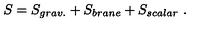
S = S _ { g r a v . } + S _ { b r a n e } + S _ { s c a l a r } \ .